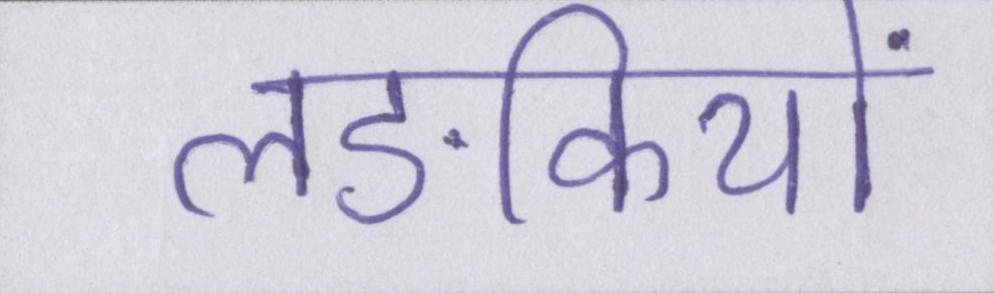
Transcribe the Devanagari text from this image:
लङकियों